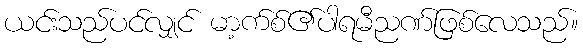
ယင်းသည်ပင်လျှင် မာ့က်စ်၏ပါရမီညဏ်ဖြစ်လေသည်။